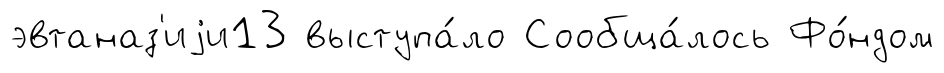
эвтаназ'иjи13 выступа́ло Сообща́лось Фо́ндом